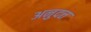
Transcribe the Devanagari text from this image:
अनुदत्त